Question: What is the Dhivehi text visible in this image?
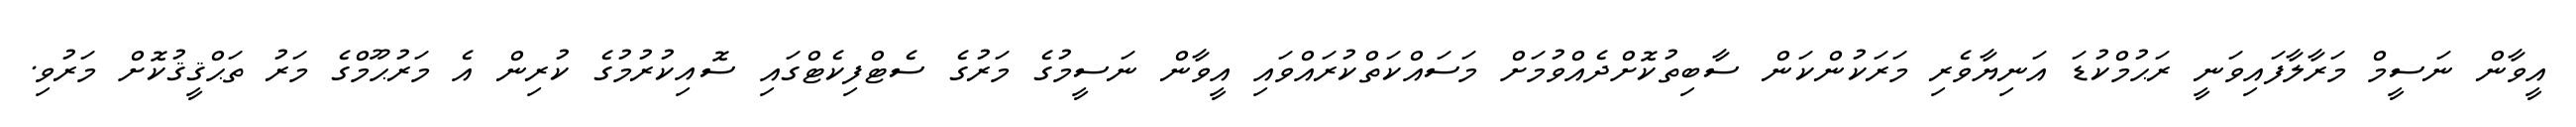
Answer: އީވާން ނަސީމް މަރާލާފައިވަނީ ރަޙުމްކުޑަ އަނިޔާވެރި މަރަކުންކަން ސާބިތުކޮށްދެއްވުމަށް މަސައްކަތްކުރައްވައި އީވާން ނަސީމުގެ މަރުގެ ސެޓްފިކެޓްގައި ސޮއިކުރުމުގެ ކުރިން އެ މަރުޙޫމްގެ މަރު ތަޙްޤީޤުކޮށް މަރުވި.